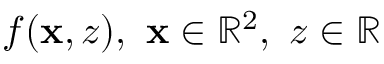
f ( \mathbf { x } , z ) , ~ \mathbf { x } \in \mathbb { R } ^ { 2 } , ~ z \in \mathbb R